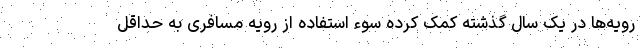
رویه‌ها در یک سال گذشته کمک کرده سوء استفاده از رویه مسافری به حداقل